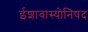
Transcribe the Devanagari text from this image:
ईशावास्योनिषद